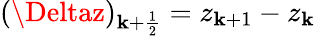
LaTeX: (\Deltaz)_{\mathbf{k}+\frac{{1}}{{2}}}=z_{\mathbf{k}+1}-z_{\mathbf{k}}